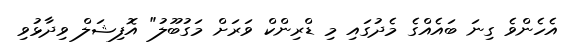
އެހެންވެ ގިނަ ބައެއްގެ މެދުގައި މި ޑްރިންކް ވަރަށް މަގުބޫލު" އޮފިޝަލް ވިދާޅުވި